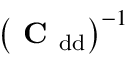
\big ( \mathrm { \textbf { C } } _ { \mathrm { d d } } \big ) ^ { - 1 }